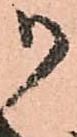
御